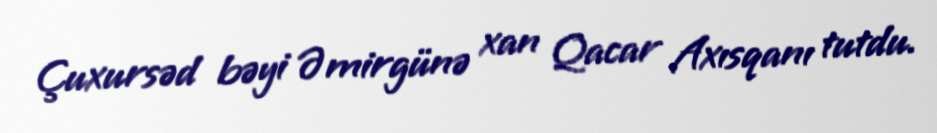
Çuxursəd bəyi Əmirgünə xan Qacar Axısqanı tutdu.